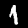
Digit: 1